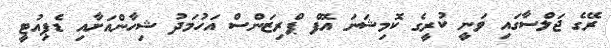
ރޭގެ ޖަލްސާގައި ވަނީ ކުރީގެ ކޮމިޝަނަ އޮފް ޕްރިޒަންސް އަހުމަދު ޝިހާންއަށާއި ޑެޕިއުޓީ